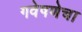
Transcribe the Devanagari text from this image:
गवेषणेचा